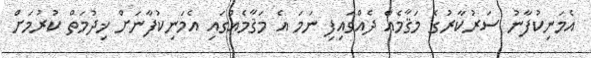
އެމަނިކުފާނު ސަރުކާރުގެ މަޤާމެއް ދެއްވައިފި ނަމަ އެ މަޤާމެއްގައި އެމަނިކުފާނަށް ޚިދުމަތް ކުރުމަށް